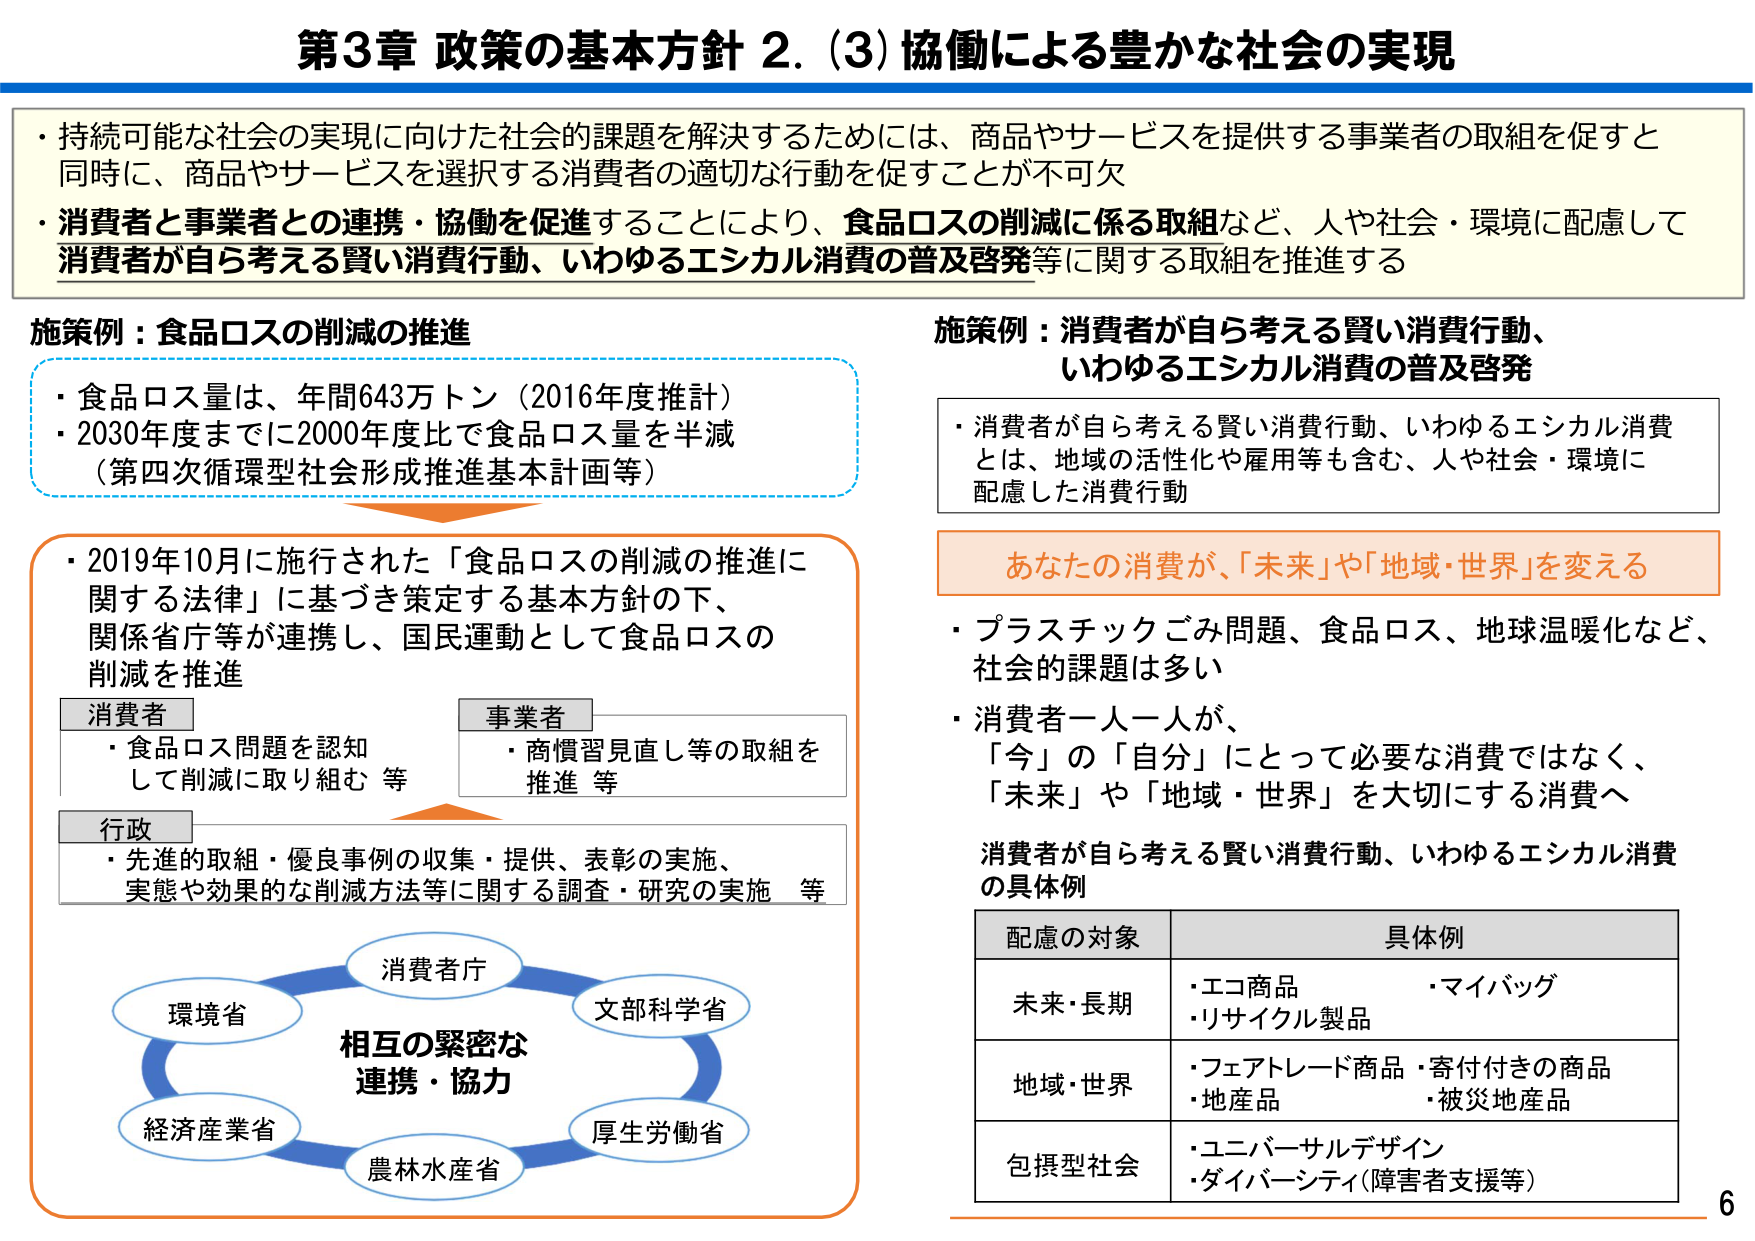
第3章 政策の基本方針 2. (3) 協働による豊かな社会の実現

・持続可能な社会の実現に向けた社会的課題を解決するためには、商品やサービスを提供する事業者の取組を促すと同時に、商品やサービスを選択する消費者の適切な行動を促すことが不可欠
・消費者と事業者との連携・協働を促進することにより、食品ロスの削減に係る取組など、人や社会・環境に配慮して消費者が自ら考える賢い消費行動、いわゆるエシカル消費の普及啓発等に関する取組を推進する

施策例：食品ロスの削減の推進
・食品ロス量は、年間643万トン（2016年度推計）
・2030年度までに2000年度比で食品ロス量を半減（第四次循環型社会形成推進基本計画等）

・2019年10月に施行された「食品ロスの削減の推進に関する法律」に基づき策定する基本方針の下、関係省庁等が連携し、国民運動として食品ロスの削減を推進

消費者
・食品ロス問題を認知して削減に取り組む 等

事業者
・商慣習見直し等の取組を推進 等

行政
・先進的取組・優良事例の収集・提供、表彰の実施、実態や効果的な削減方法等に関する調査・研究の実施 等

消費者庁
環境省
文部科学省
経済産業省
厚生労働省
農林水産省
相互の緊密な連携・協力

施策例：消費者が自ら考える賢い消費行動、いわゆるエシカル消費の普及啓発
・消費者が自ら考える賢い消費行動、いわゆるエシカル消費とは、地域の活性化や雇用等も含む、人や社会・環境に配慮した消費行動

あなたの消費が、「未来」や「地域・世界」を変える

・プラスチックごみ問題、食品ロス、地球温暖化など、社会的課題は多い
・消費者一人一人が、「今」の「自分」にとって必要な消費ではなく、「未来」や「地域・世界」を大切にする消費へ

消費者が自ら考える賢い消費行動、いわゆるエシカル消費の具体例

配慮の対象　　具体例
未来・長期　　・エコ商品　　・マイバッグ
　　　　　　　・リサイクル製品
地域・世界　　・フェアトレード商品　・寄付付きの商品
　　　　　　　・地産品　　　　・被災地産品
包摂型社会　　・ユニバーサルデザイン
　　　　　　　・ダイバーシティ（障害者支援等）

6